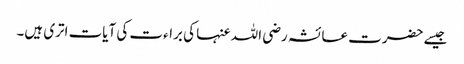
جیسے حضرت عائشہ رضی اللہ عنہا کی براءت کی آیات اتری ہیں۔